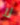
لا